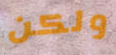
ولكن